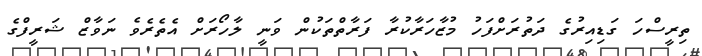
ތިރީސްހަ ގަޑިއިރުގެ ދަތުރަށްފަހު މުޒާހަރާކުރާ ފަރާތްތަކުން ވަނީ ލާހޯރަށް އެތެރެވެ ނަވާޒް ޝަރީފްގެ